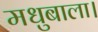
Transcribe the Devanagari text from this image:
मधुबाला।